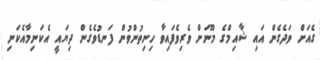
ގެއަށް ވަަދެގެން އައި ޝާއިމްގެ މޫނަށް ވެރިވެފައިވާ ހިނިތުންވުން ފަނޑުވެގެން ދިޔައީ އެކަނިމާއެކަނި